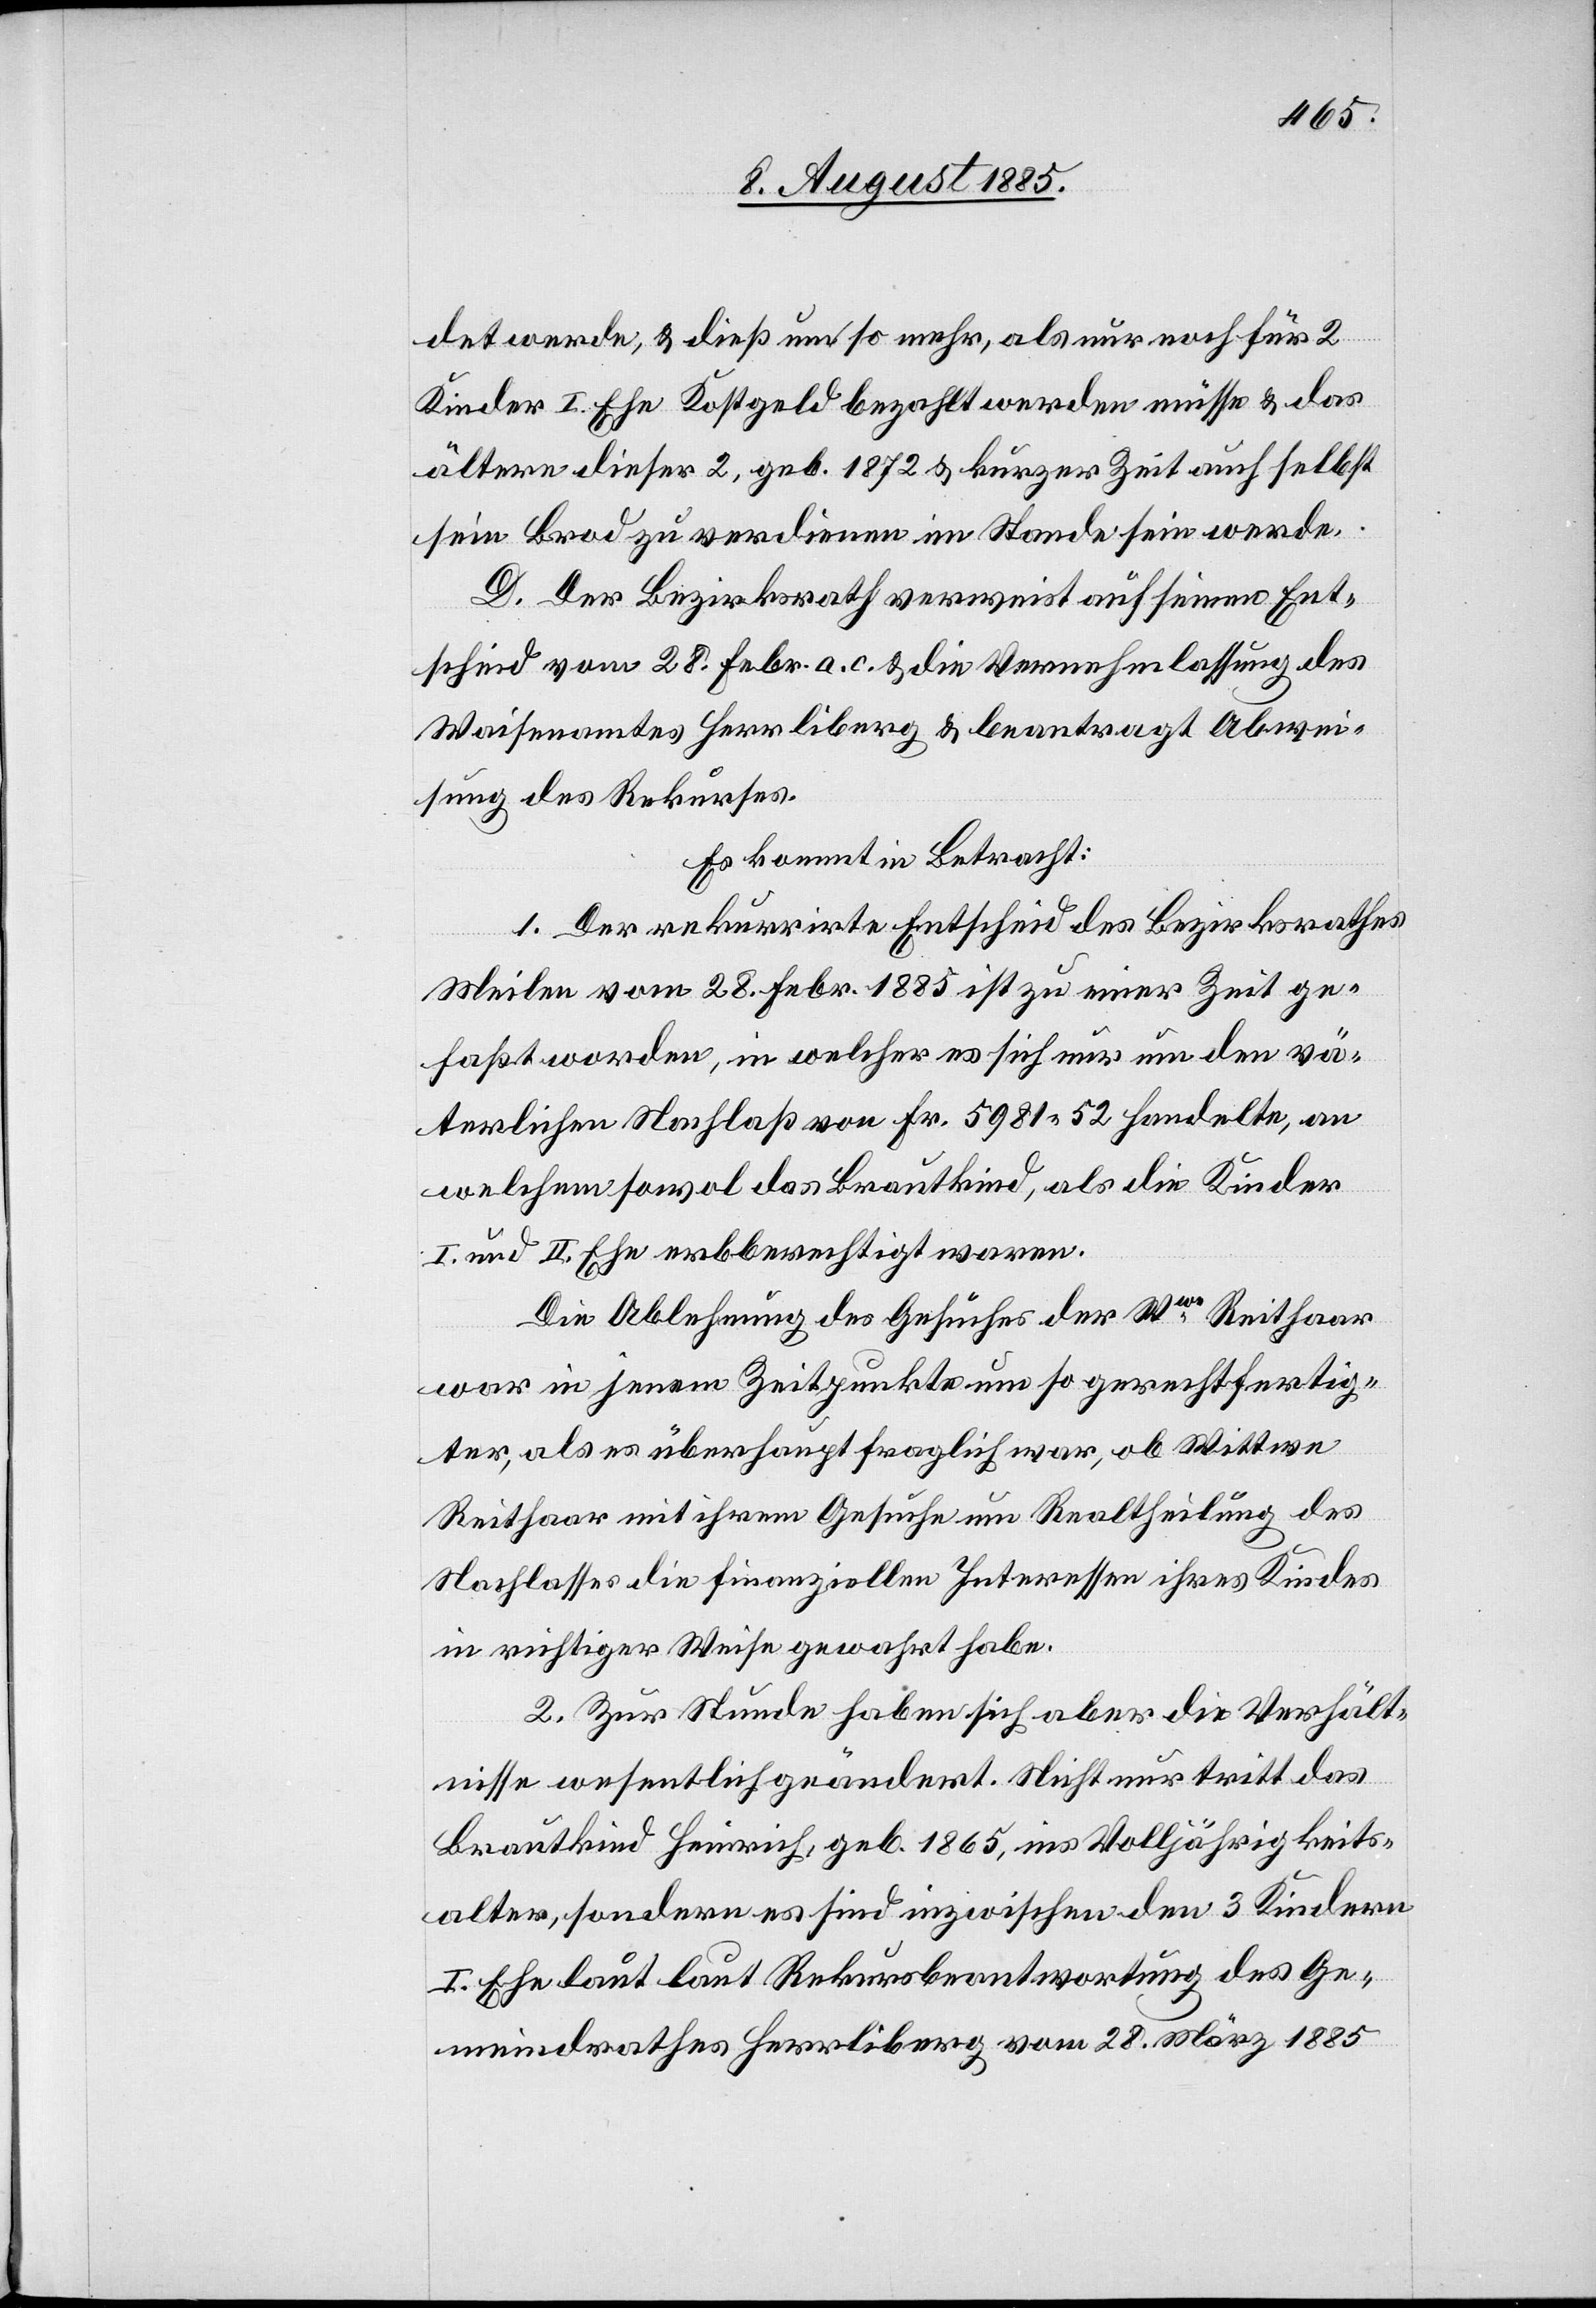
det werde, & dieß um so mehr, als nur noch für 2
Kinder I. Ehe Kostgeld bezahlt werden müsse & das
ältere dieser 2, geb. 1872 & [in] kurzer Zeit auch selbst
sein Brod zu verdienen im Stande sein werde.
D. Der Bezirksrath verweist auf seinen Ent¬
scheid vom 28. Febr. a. c. & die Vernehmlassung des
Waisenamtes Herrliberg & beantragt Abwei¬
sung des Rekurses.
Es kommt in Betracht:
1. Der rekurrirte Entscheid des Bezirksrathes
Meilen vom 28. Febr. 1885 ist zu einer Zeit ge¬
faßt worden, in welcher es sich nur um den vä¬
terlichen Nachlaß von Fr. 5981 52 handelte, an
welchem sowol das Brautkind, als die Kinder
I. und II. Ehe erbberechtigt waren.
Die Ablehnung des Gesuches der Wwe Reithaar
war in jenem Zeitpunkte um so gerechtfertig¬
ter, als es überhaupt fraglich war, ob Wittwe
Reithaar mit ihrem Gesuch um Realtheilung des
Nachlasses die finanziellen Interessen ihres Kindes
in richtiger Weise gewahrt habe.
2. Zur Stunde haben sich aber die Verhält¬
nisse wesentlich geändert. Nicht nur tritt das
Brautkind Heinrich, geb. 1865, ins Volljährigkeits¬
alter, sondern es sind inzwischen den 3 Kindern
I. Ehe laut laut [sic!] Rekursbeantwortung des Ge¬
meindrathes Herrliberg vom 28. März 1885